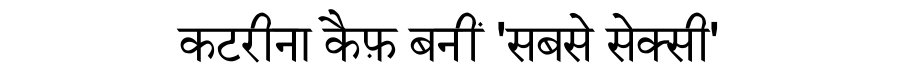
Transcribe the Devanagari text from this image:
कटरीना कैफ़ बनीं 'सबसे सेक्सी'